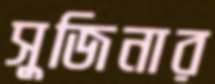
সুজিনার